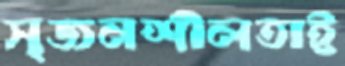
সৃজনশীলতাই